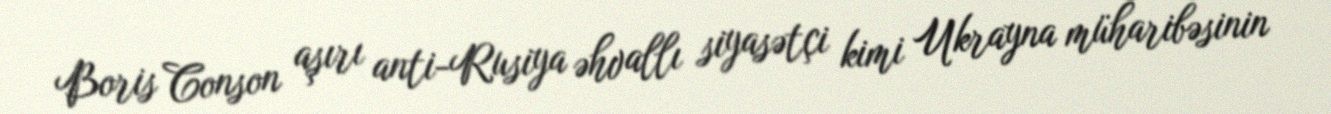
Boris Conson aşırı anti-Rusiya əhvallı siyasətçi kimi Ukrayna müharibəsinin